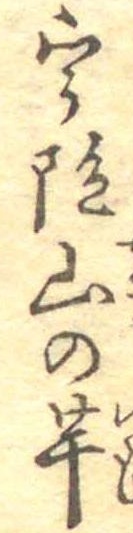
宇陀山の芋